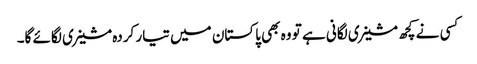
کسی نے کچھ مشینری لگانی ہے تو وہ بھی پاکستان میں تیار کردہ مشینری لگائے گا۔